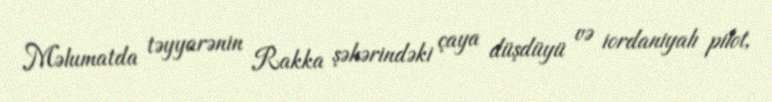
Məlumatda təyyarənin Rakka şəhərindəki çaya düşdüyü və iordaniyalı pilot,